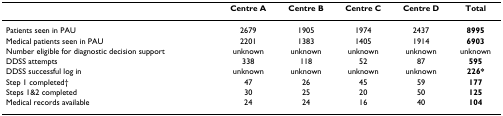
<table><thead><tr><td></td><td><b>Centre A</b></td><td><b>Centre B</b></td><td><b>Centre C</b></td><td><b>Centre D</b></td><td><b>Total</b></td></tr></thead><tbody><tr><td>Patients seen in PAU</td><td>2679</td><td>1905</td><td>1974</td><td>2437</td><td><b>8995</b></td></tr><tr><td>Medical patients seen in PAU</td><td>2201</td><td>1383</td><td>1405</td><td>1914</td><td><b>6903</b></td></tr><tr><td>Number eligible for diagnostic decision support</td><td>unknown</td><td>unknown</td><td>unknown</td><td>unknown</td><td>unknown</td></tr><tr><td>DDSS attempts</td><td>338</td><td>118</td><td>52</td><td>87</td><td><b>595</b></td></tr><tr><td>DDSS successful log in</td><td>unknown</td><td>unknown</td><td>unknown</td><td>unknown</td><td><b>226*</b></td></tr><tr><td>Step 1 completed†</td><td>47</td><td>26</td><td>45</td><td>59</td><td><b>177</b></td></tr><tr><td>Steps 1&amp;2 completed</td><td>30</td><td>25</td><td>20</td><td>50</td><td><b>125</b></td></tr><tr><td>Medical records available</td><td>24</td><td>24</td><td>16</td><td>40</td><td><b>104</b></td></tr></tbody></table>